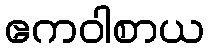
ဧကဝါစာယ